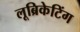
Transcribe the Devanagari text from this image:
लूब्रिकेटिंग